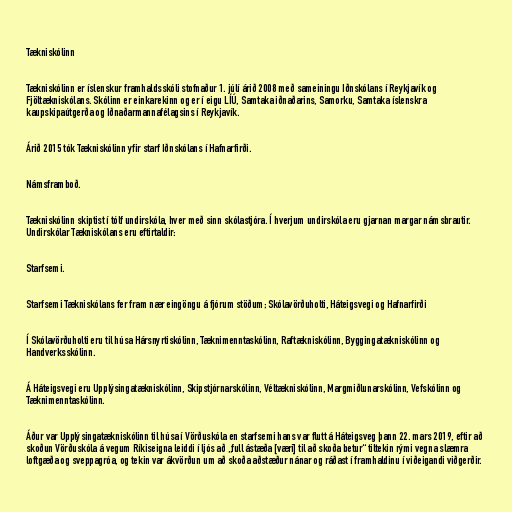
Tækniskólinn

Tækniskólinn er íslenskur framhaldsskóli stofnaður 1. júlí árið 2008 með sameiningu Iðnskólans í Reykjavík og
Fjöltækniskólans. Skólinn er einkarekinn og er í eigu LÍÚ, Samtaka iðnaðarins, Samorku, Samtaka íslenskra
kaupskipaútgerða og Iðnaðarmannafélagsins í Reykjavík.

Árið 2015 tók Tækniskólinn yfir starf Iðnskólans í Hafnarfirði.

Námsframboð.

Tækniskólinn skiptist í tólf undirskóla, hver með sinn skólastjóra. Í hverjum undirskóla eru gjarnan margar námsbrautir.
Undirskólar Tækniskólans eru eftirtaldir:

Starfsemi.

Starfsemi Tækniskólans fer fram nær eingöngu á fjórum stöðum; Skólavörðuholti, Háteigsvegi og Hafnarfirði

Í Skólavörðuholti eru til húsa Hársnyrtiskólinn, Tæknimenntaskólinn, Raftækniskólinn, Byggingatækniskólinn og
Handverksskólinn.

Á Háteigsvegi eru Upplýsingatækniskólinn, Skipstjórnarskólinn, Véltækniskólinn, Margmiðlunarskólinn, Vefskólinn og
Tæknimenntaskólinn.

Áður var Upplýsingatækniskólinn til húsa í Vörðuskóla en starfsemi hans var flutt á Háteigsveg þann 22. mars 2019, eftir að
skoðun Vörðuskóla á vegum Ríkiseigna leiddi í ljós að „full ástæða [væri] til að skoða betur“ tiltekin rými vegna slæmra
loftgæða og sveppagróa, og tekin var ákvörðun um að skoða aðstæður nánar og ráðast í framhaldinu í viðeigandi viðgerðir.